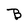
Character: B